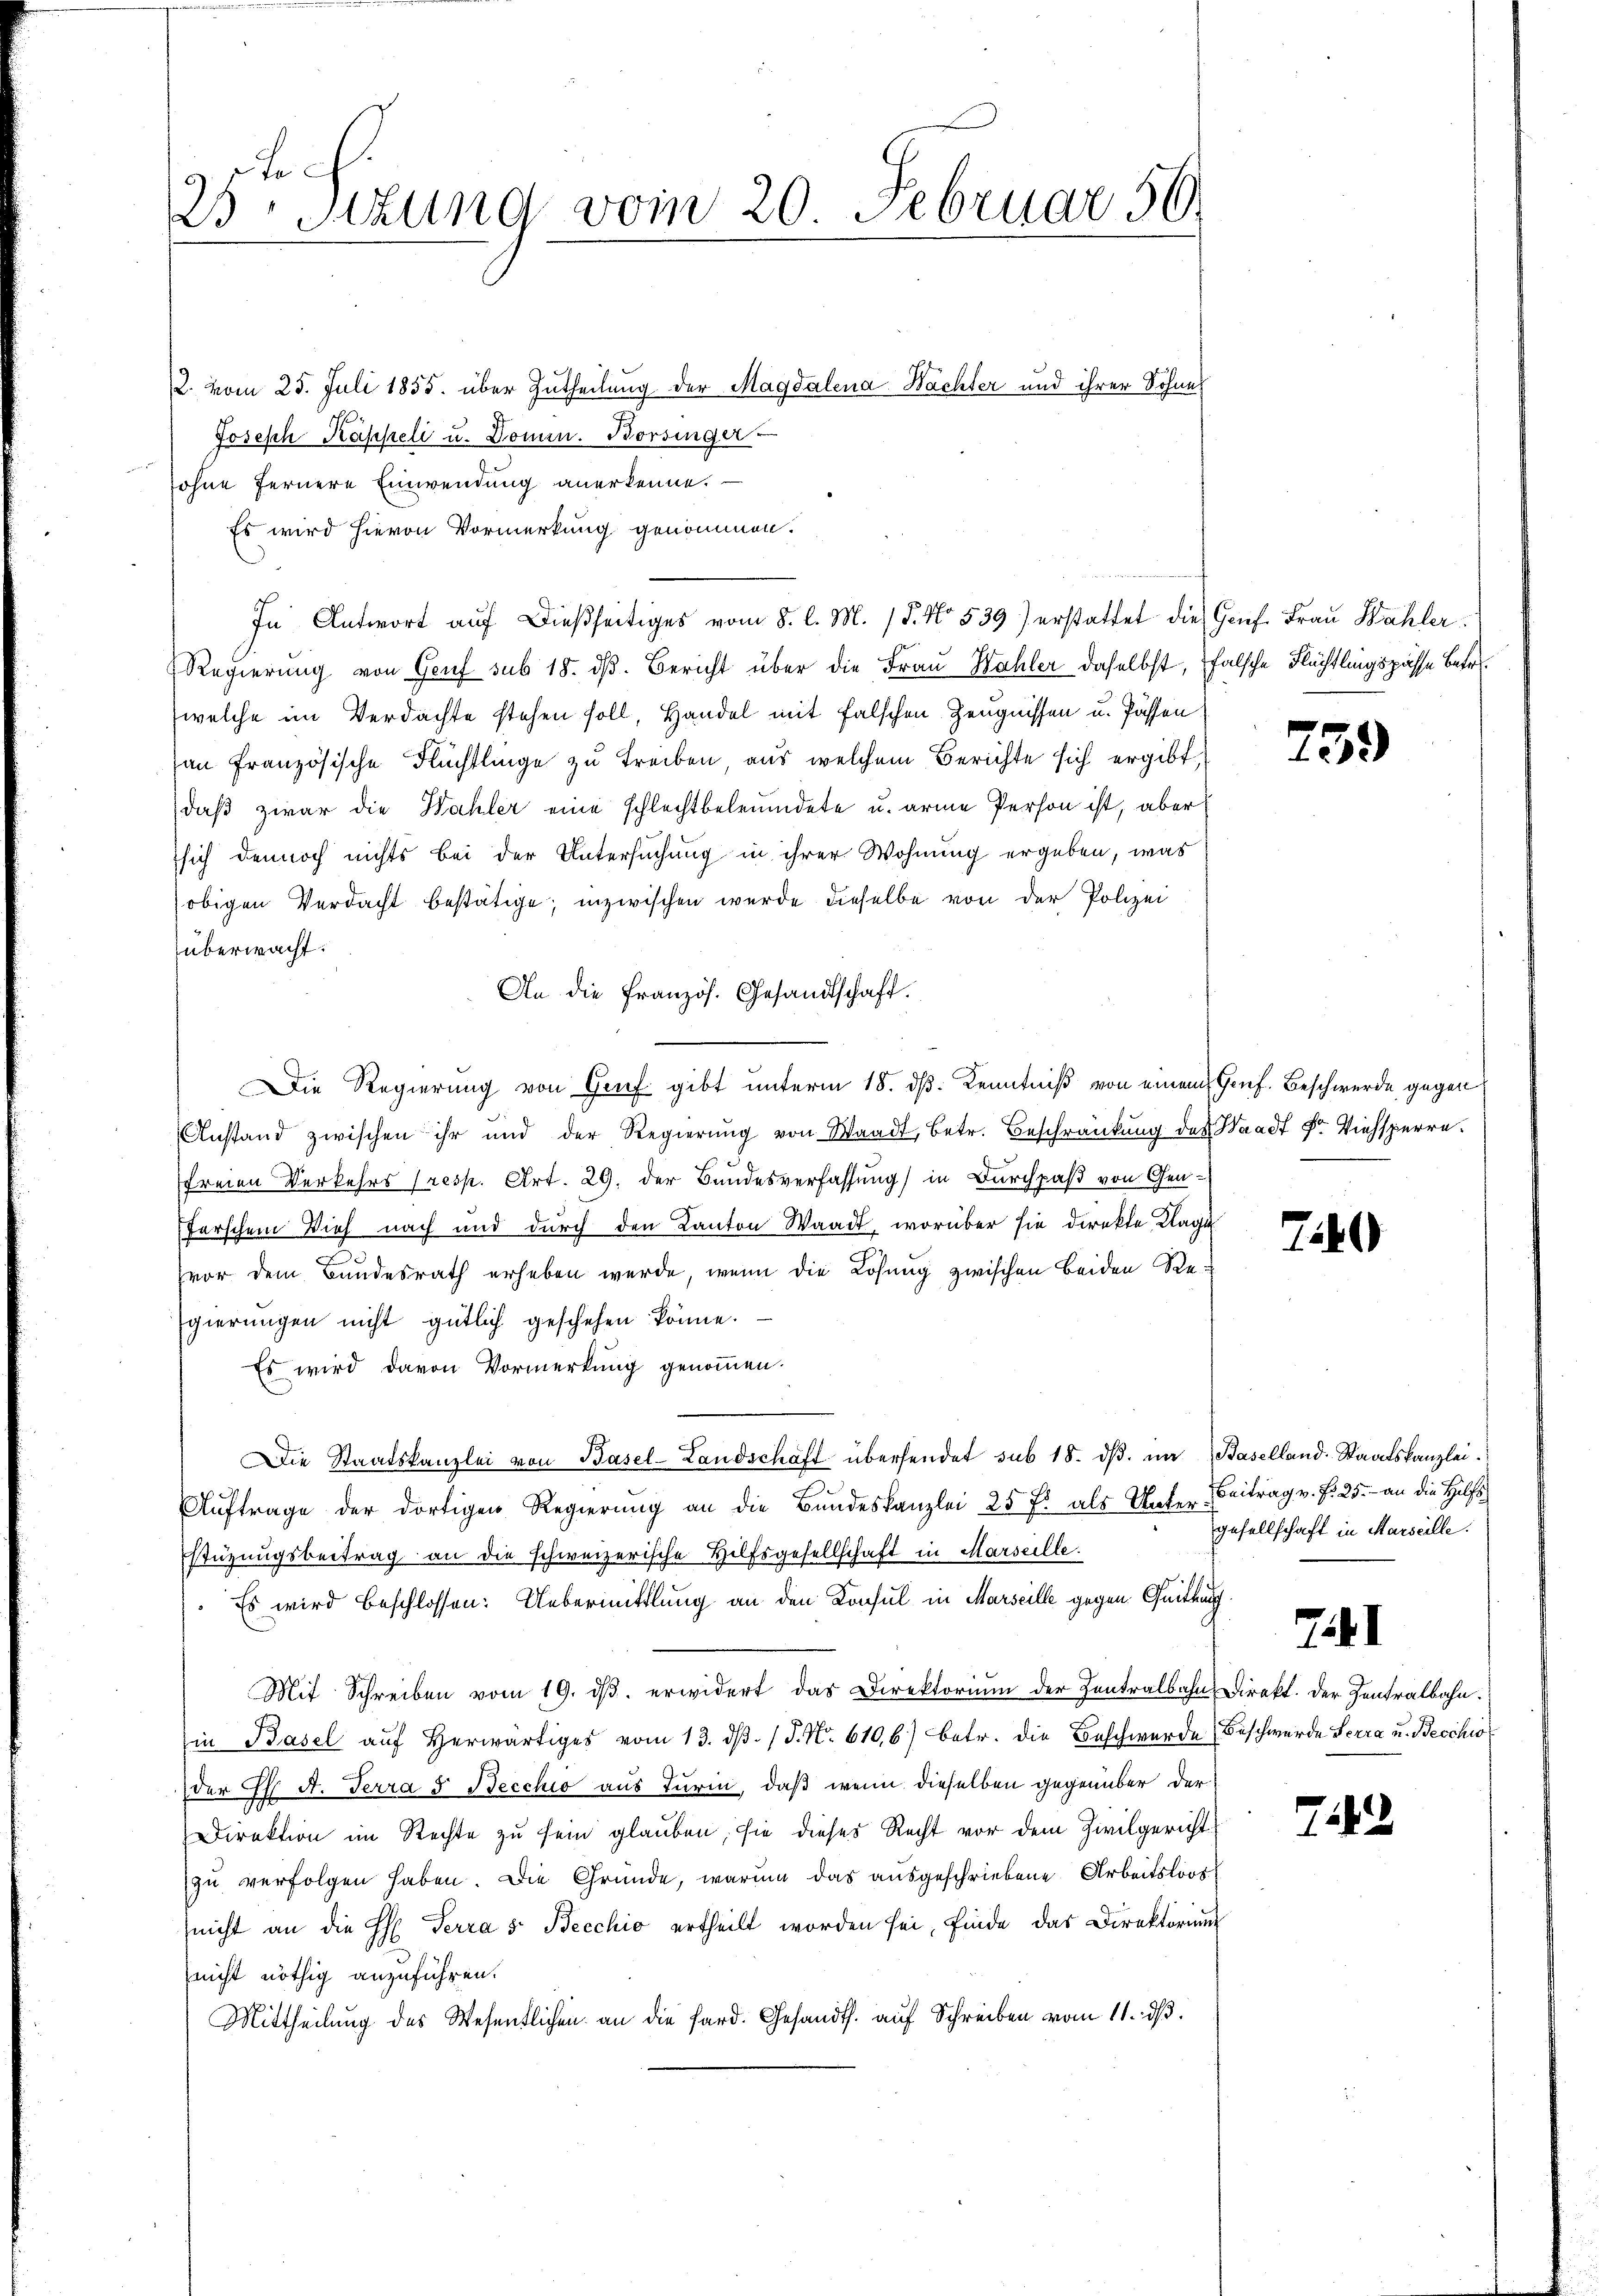
Joch
25 Stzung vom 20. Februar 56

12. vom 25. Juli 1855. über Zutheilung der Magdalena Wachter und ihrer Sohnes
Joseph Kappeli u. Domen. Borsinger
sohne fernere Einwendung anerkenne.
Es wird hievon Vormerkung genommen.
In Antwort auf dießseitiges vom 8. l. M. 18. No. 539) erstattet die Genf. Frau Wahler
Regierung von Genf sub 18. dβ. Bericht über die Frau Wahler daselbst, falsche Flüchtlingspasse betrewelche im Verdachte stehen soll, Handel mit falschen Zeugnissen u. Passen
an Französische Flüchtlinge zu treiben, aus welchem Berichte sich ergibt,
daß zwar die Wahler eine schlechtbeleumdete u. arme Person ist, aber
sich dennoch nichts bei der Untersuchung in ihrer Wohnung ergeben, was
obigen Verdacht bestätige; inzwischen werde dieselbe von der Polizei
überwacht.
An die Französ. Gesandtschaft.
Die Regierung von Graf gibt unterm 18. ds. Kenntniß von einem Genf. Beschwerde gegen
Anstand zwischen ihr und der Regierŭng von Waadt, betr. Beschränkung des Waadt Fr. Viehsperre.
freien Verkehrs (resp. Art. 29. der Bundesverfassung) in Durchpaß von Genferschem Vieh nach und durch den Kanton Waadt, worüber sie direkte Klage
vor dem Bundesrath erheben werde, wenn die Lösung zwischen beiden Regierungen nicht gütlich geschehen könne.
Es wird davon Vormerkung genommen.
Die Staatskanzlei von Basel-Landschaft übersendet sub 18. dβ. in Baselland-Staatskanzlei.
Aŭftrage der dortigen Regierŭng an die Bandeskanzlei 25 f. als Unter Beitrag v. P. 25. an die Hilfs
stüzungsbeitrag an die schweizerische Hilfsgesellschaft in Marseille.
Es wird beschlossen: Uebermittlung an den Konsul in Marseille gegen Quittung
Mit Schreiben vom 19. dβ. erwidert das Direktorium der Zentralbahn, Direkt. Der Zentralbahn.
Ein Basel aŭf herwärtiges vom 13. dβ. / J. N. 610,6) betr. die Beschwerde (Beschwerde Seera u. Becchio
der H. A. Terra s. Becchio aus Turin, daß wenn dieselben gegenüber der
Direktion im Rechte zu sein glauben, sie dieses Recht vor dem Zivilgericht
zŭ verfolgen haben. Die Gründe, warum das ausgeschriebene Arbeitsloos
nicht an die H: Terra s. Becchio ertheilt worden sei, finde das Direktoriŭm
nicht nöthig anzuführen.
Mittheilung des Wesentlichen an die Sard. Gesandts. auf Schreiben vom 11. dβ.

739

7)

gesellschaft in Marseille.

741

742